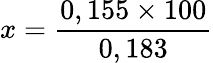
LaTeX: x=\frac{0,155\times 100}{0,183}